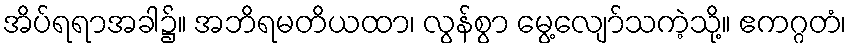
အိပ်ရရာအခါ၌။ အဘိရမတိယထာ၊ လွန်စွာ မွေ့လျော်သကဲ့သို့။ ဧကဂ္ဂတံ၊